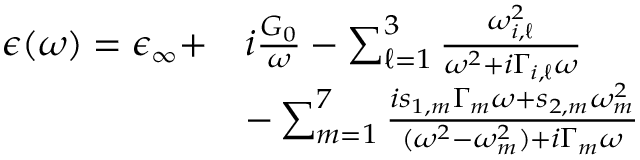
\begin{array} { r } { \begin{array} { r l } { \epsilon ( \omega ) = \epsilon _ { \infty } + } & { i \frac { G _ { 0 } } { \omega } - \sum _ { \ell = 1 } ^ { 3 } \frac { \omega _ { i , \ell } ^ { 2 } } { \omega ^ { 2 } + i \Gamma _ { i , \ell } \omega } } \\ & { - \sum _ { m = 1 } ^ { 7 } \frac { i s _ { 1 , m } \Gamma _ { m } \omega + s _ { 2 , m } \omega _ { m } ^ { 2 } } { ( \omega ^ { 2 } - \omega _ { m } ^ { 2 } ) + i \Gamma _ { m } \omega } } \end{array} } \end{array}